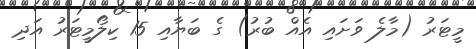
މީޓަރު (މާލެ ވަށައި އެއް ބުރު) ގެ ބަޔާއި 15 ކިލޯމީޓަރު އަދި